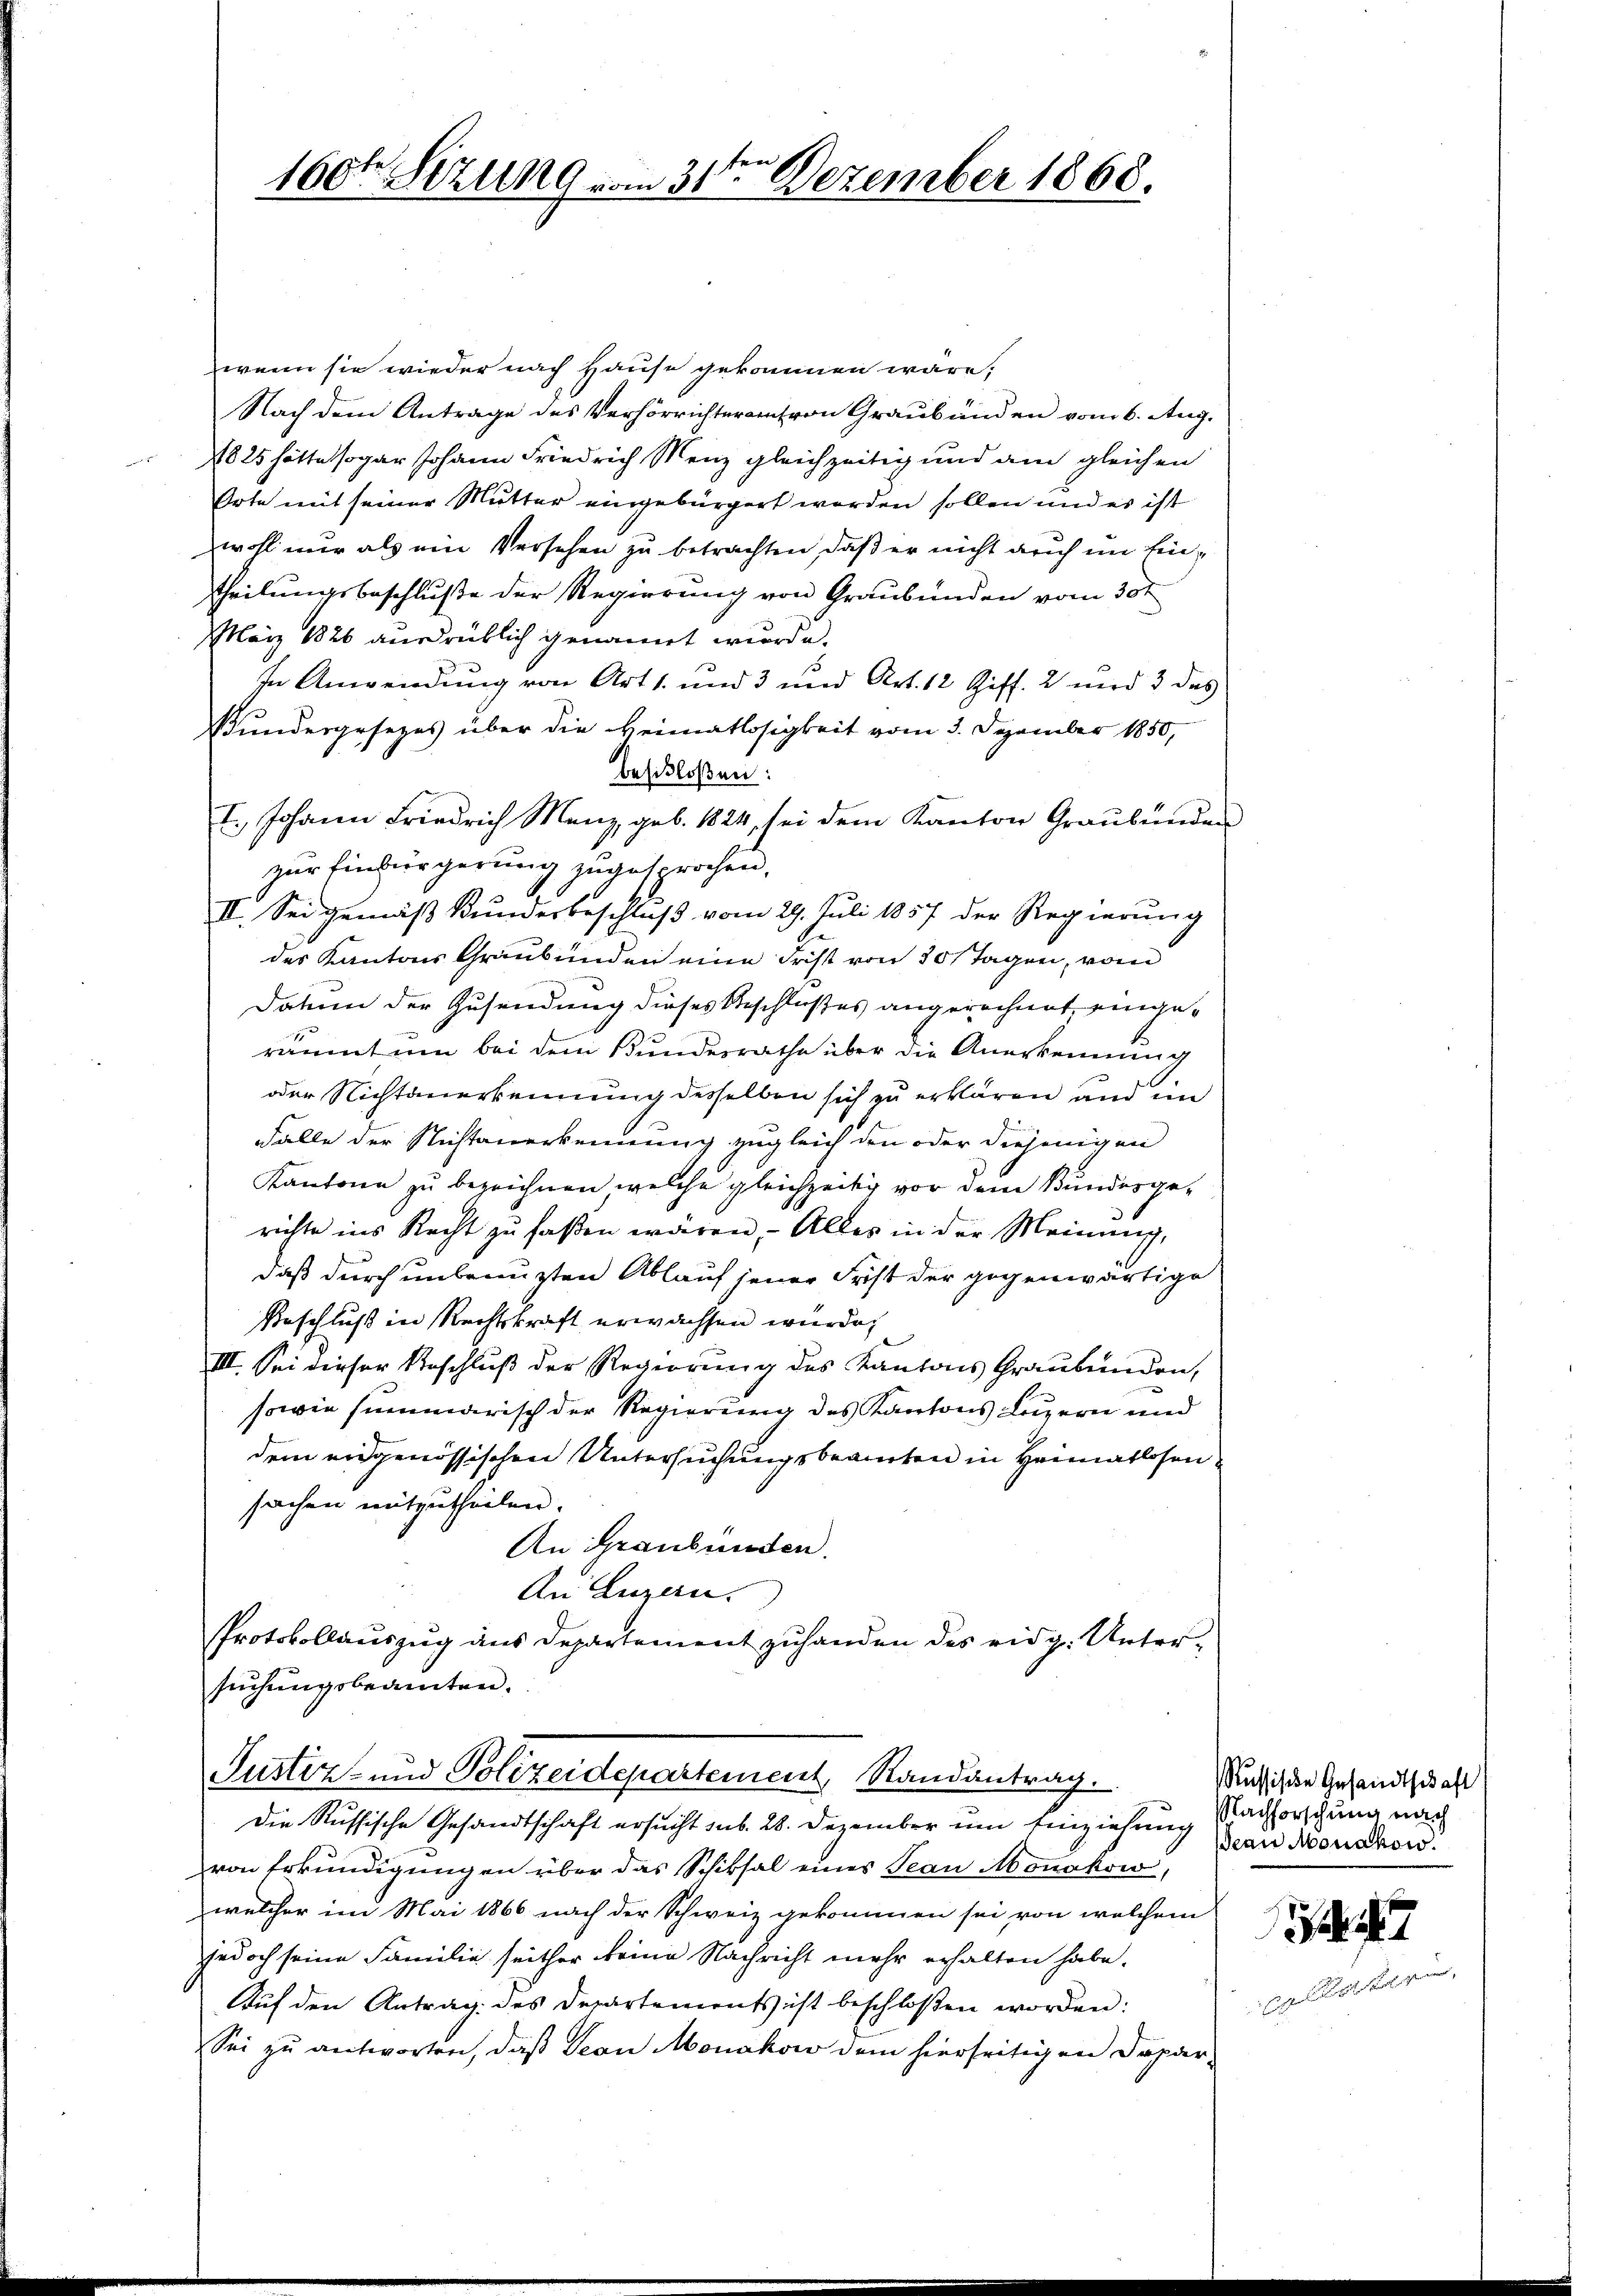
160t Setzung vom 31te͇n Dezember 1868.

wenn sie wieder nach Hause gekommen wäre.
Nach dem Antrage des Verhörrichterentron Graubünden vom 6. Aug.
1825 hätte sogar Johann Friedrich Menz gleichzeitig und am gleichen
Orte mit seiner Mutter eingebürgert worden sollen und es ist
zwohl nur als ein Versehen zu betrachten, daß er nicht auch im Eintheilungsbeschluße der Regierung von Graubünden vom 30t
März 1826 ausdrüklich genannt wurde.
In Anwendung von Art 1. und 3 und Art. 12 Ziff. 2 und 3 des
Bundergesezes über die Heimatlosigkeit vom 3. Dezember 1850,
beschloßen:
I. Johann Friedrich Manz, geb. 1824, sei dem Kanton Graubünde
zur Einbürgerung zugesprochen,
II. Sei gemäß Bundesbeschluß vom 29. Juli 1857 der Regierung
des Kantons Graubünden eine Frist von 30 Tagen, von
Datum der Zusendung dieses Beschlußes angerechnet, eingeräumt um bei dem Bundesrathe über die Anerkennung
oder Nichtanerkennung desselben sich zu erklären und in
Fälle der Nichtanerkennung zugleich den oder diejenigen
Kantone zu bezeichnen welche gleichzeitig vor dem Bundesgerichte ins Recht zu faßen wären, – Alles in der Meinung,
daß durch unbrauzten Ablauf jener Frist der gegenwärtige
Beschluß in Rechtskraft erwachsen würde,
III. Sei dieser Beschluß der Regierung des Kantons Graubünden,
sowie summarisch der Regierung des Kantons Luzern und
dem angenössischen Untersuchungsbeamten in Heimatlosen
sachen mitzutheilen.
An Graubünden.
An Luzern.
Protokollauszug aus Departement zuhanden des eidg. Untersuchungsbeamten.
Justiz- und Polizeidepartement, Randantrag.
Die Russische Gesandtschaft ersucht sub. 28. Dezember um Einziehung Nachforschung nach
von Erkundigungen über das Schiksal eines Tean Monakow
welcher im Mai 1866 nach der Schweiz gekommen sei von welchem
jedoch seine Familie seither keine Nachricht mehr erhalten habe.
Auf den Antrag des Departements ist beschlossen worden:
Sei zu antworten, daβ Geon Monakow dem hierseitigen Depar-

Russische Gesandtschaft
ean Mondkow.

47
l